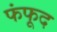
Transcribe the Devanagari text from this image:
फंफूद